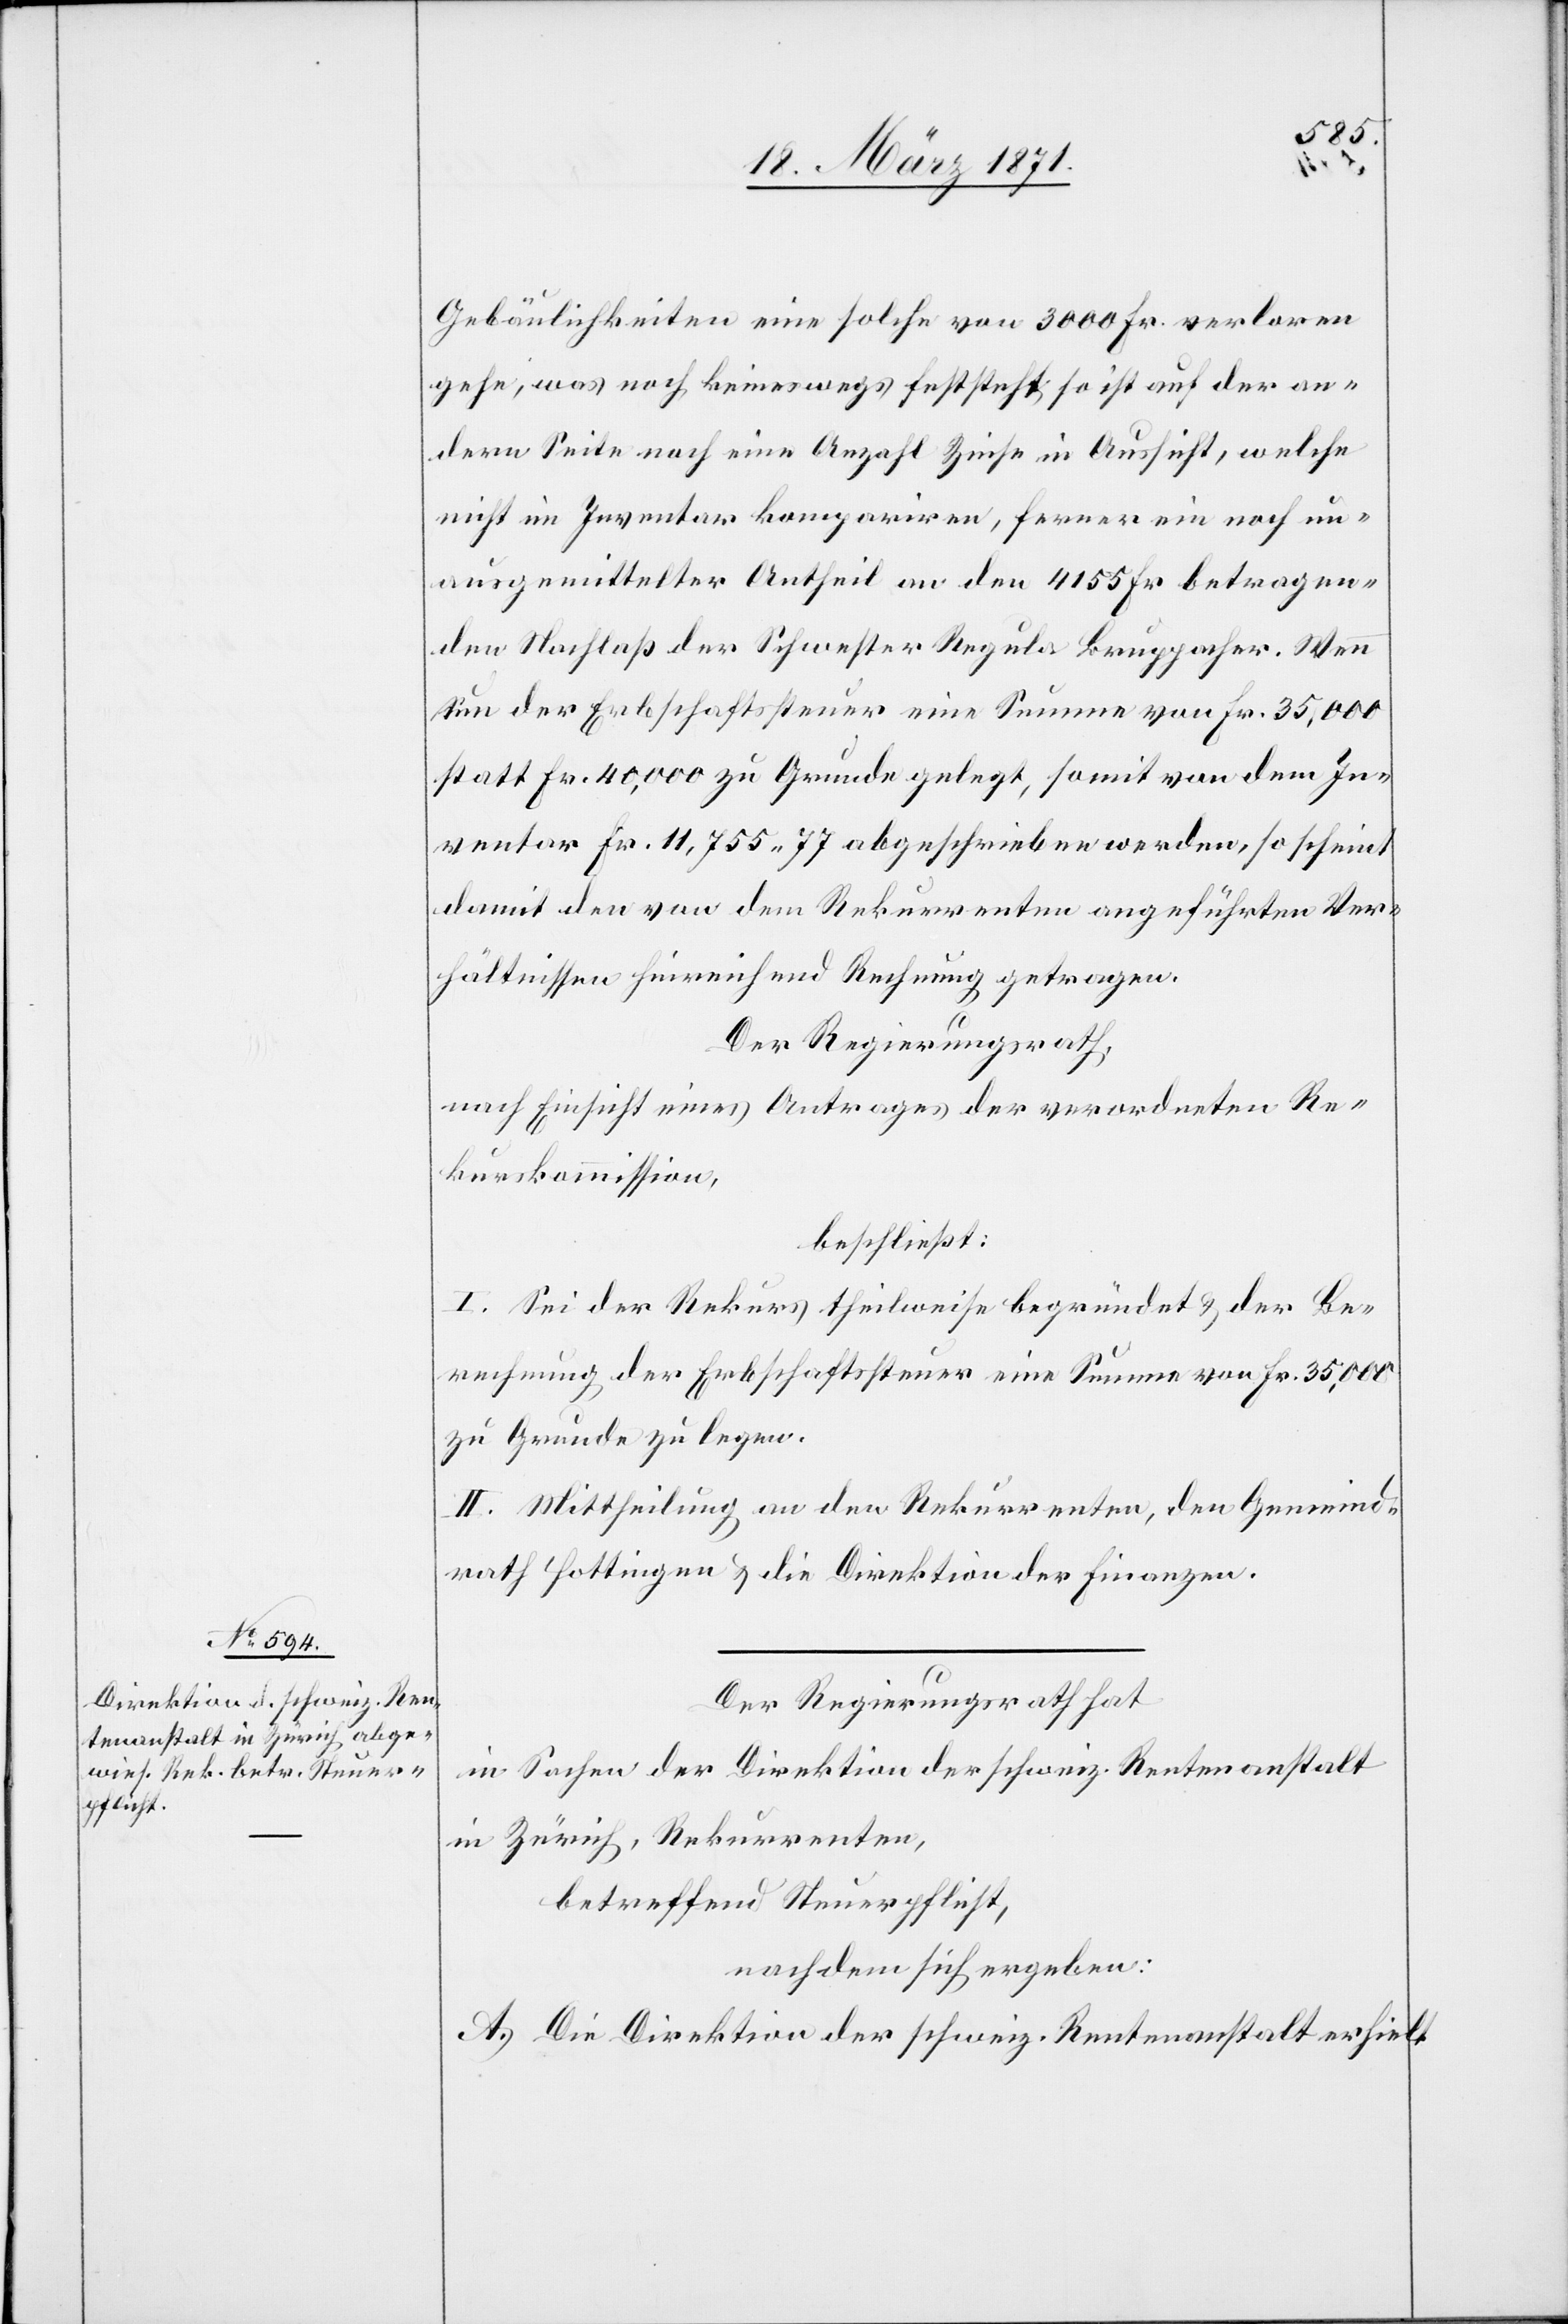
Gebäulichkeiten eine solche von 3000 Fr. verloren
geht, was noch keineswegs feststeht, so ist auf der an¬
dern Seite noch eine Anzahl Zinse in Aussicht, welche
nicht im Inventar kompariren, ferner ein noch un¬
ausgemittelter Antheil an den 4155 Fr. betragen¬
den Nachlaß der Schwester Regula Bruppacher. Wenn
nun der Erbschaftssteuer eine Summe von Fr. 35,000
statt Fr. 40,000 zu Grunde gelegt, somit von dem In¬
ventar Fr. 11,755.77 abgeschrieben werden, so scheint
damit den von dem Rekurrenten angeführten Ver¬
hältnissen hinreichend Rechnung getragen.
Der Regierungsrath,
nach Einsicht eines Antrages der verordneten Re¬
kurskommission,
beschließt:
I. Sei der Rekurs theilweise begründet u. der Be¬
rechnung der Erbschaftssteuer eine Summe von Fr. 35,000
zu Grunde zu legen.
II. Mittheilung an den Rekurrenten, den Gemeind¬
rath Hottingen u. die Direktion der Finanzen.